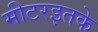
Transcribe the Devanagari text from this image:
मीटरइतके